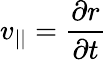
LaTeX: v_{||}=\frac{\partial r}{\partial t}